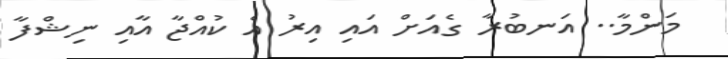
މަންމާ.. އަނބުރާ ގެއަށް އައި އިރު އެ ކުއްޖާ އާއި ނިޝްފާ